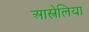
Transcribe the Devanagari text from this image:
आस्त्रेलिया